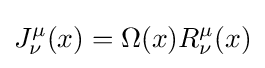
J_{\nu }^{\mu }(x)=\Omega (x)R_{\nu }^{\mu }(x)